画像に写った文字を読んでください
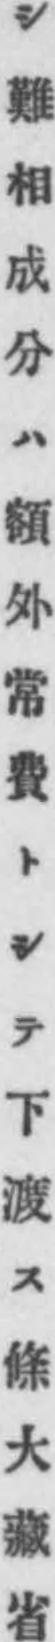
「シ難相成分ハ額外常費トシテ下渡ス條大藏省」と書いてあります